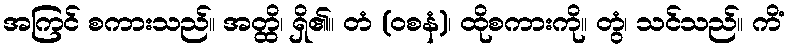
အကြင် စကားသည်။ အတ္ထိ၊ ရှိ၏။ တံ (ဝစနံ)၊ ထိုစကားကို။ တွံ၊ သင်သည်။ ကိံ